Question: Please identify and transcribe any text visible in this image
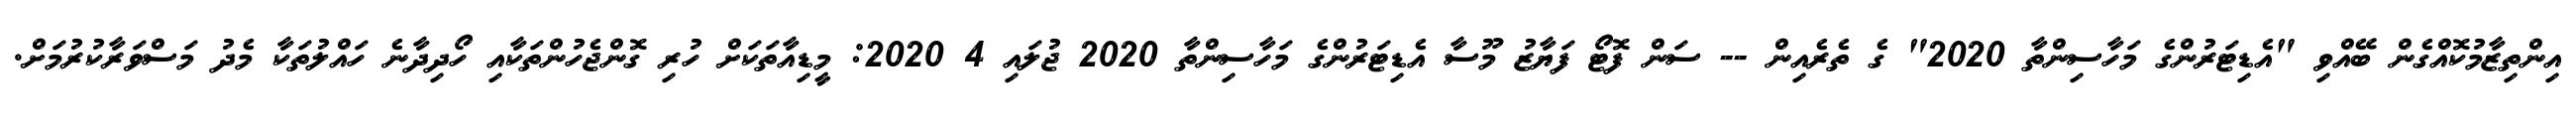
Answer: އިންތިޒާމުކޮއްގެން ބޭއްވި "އެޑިޓަރުންގެ މަހާސިންތާ 2020" ގެ ތެރެއިން -- ސަން ފޮޓޯ ފަޔާޒު މޫސާ އެޑިޓަރުންގެ މަހާސިންތާ 2020 ޖުލައި 4 2020: މީޑިއާތަކަށް ހުރި ގޮންޖެހުންތަކާއި ހޯދިދާނެ ހައްލުތަކާ މެދު މަސްވަރާކުރުމަށް.